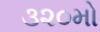
૩૨૦મો